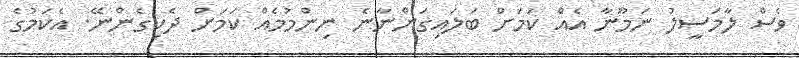
ވެސް ލާމަސީލު ނަމޫނާ އެއް ކަަމަށް ބަލައިގަންނާނެ ނިންމުމެއް ކަމަށް ދެކިގެންނޭ. އެެކަމުގެ